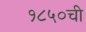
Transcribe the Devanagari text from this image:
१८५०ची